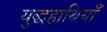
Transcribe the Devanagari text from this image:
युद्धहाथियाँ